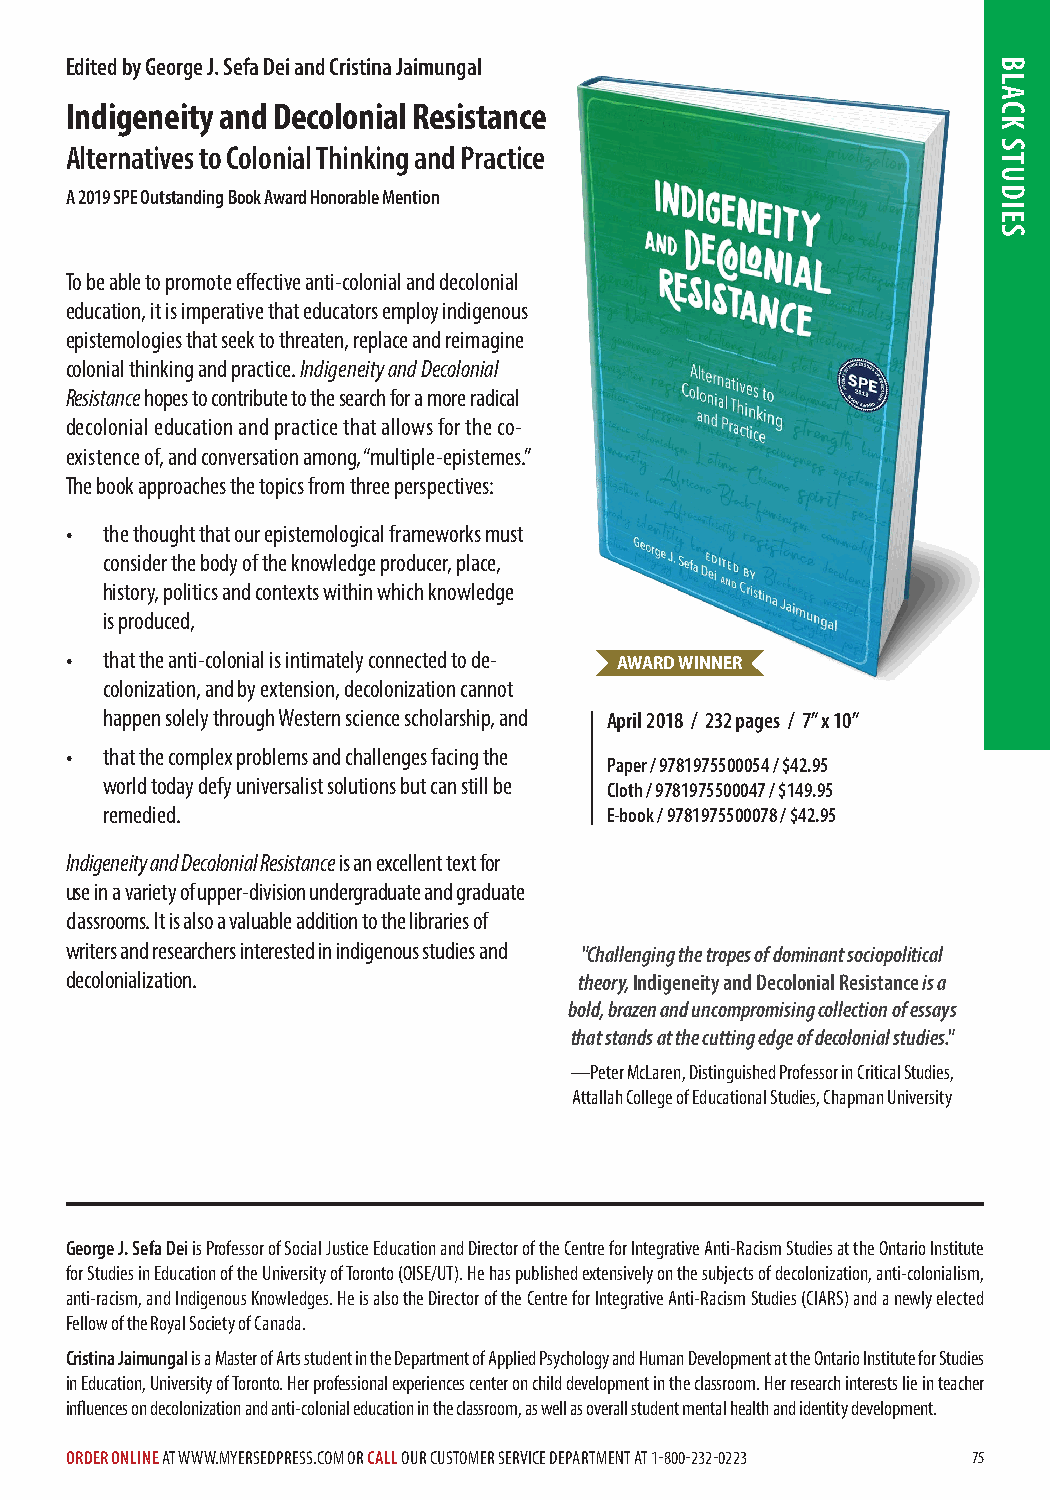
Edited by George J. Sefa Dei and Cristina Jaimungal
 Indigeneity and Decolonial Resistance
 Alternatives to Colonial Thinking and Practice
 A 2019 SPE Outstanding Book Award Honorable Mention
 To be able to promote effective anti-colonial and decolonial
 education, it is imperative that educators employ indigenous
 epistemologies that seek to threaten, replace and reimagine
 colonial thinking and practice. Indigeneity and Decolonial
 Resistance hopes to contribute to the search for a more radical
 decolonial education and practice that allows for the co-
 existence of, and conversation among, “multiple-epistemes.”
 The book approaches the topics from three perspectives:
 •  the thought that our epistemological frameworks must
 consider the body of the knowledge producer, place,
 history, politics and contexts within which knowledge
 is produced,
 •  that the anti-colonial is intimately connected to de- AWARD WINNER
 colonization, and by extension, decolonization cannot
 happen solely through Western science scholarship, and April 2018 / 232 pages / 7” x 10”
 •  that the complex problems and challenges facing the
 Paper / 9781975500054 / $42.95
 world today defy universalist solutions but can still be
 Cloth / 9781975500047 / $149.95
 remedied.                        E-book / 9781975500078 / $42.95
 Indigeneity and Decolonial Resistance is an excellent text for
 use in a variety of upper-division undergraduate and graduate
 classrooms. It is also a valuable addition to the libraries of
 writers and researchers interested in indigenous studies and "Challenging the tropes of dominant sociopolitical
 decolonialization.                theory, Indigeneity and Decolonial Resistance is a
 bold, brazen and uncompromising collection of essays
 that stands at the cutting edge of decolonial studies."
 —Peter McLaren, Distinguished Professor in Critical Studies,
 Attallah College of Educational Studies, Chapman University
 George J. Sefa Dei is Professor of Social Justice Education and Director of the Centre for Integrative Anti-Racism Studies at the Ontario Institute
 for Studies in Education of the University of Toronto (OISE/UT). He has published extensively on the subjects of decolonization, anti-colonialism,
 anti-racism, and Indigenous Knowledges. He is also the Director of the Centre for Integrative Anti-Racism Studies (CIARS) and a newly elected
 Fellow of the Royal Society of Canada.
 Cristina Jaimungal is a Master of Arts student in the Department of Applied Psychology and Human Development at the Ontario Institute for Studies
 in Education, University of Toronto. Her professional experiences center on child development in the classroom. Her research interests lie in teacher
 influences on decolonization and anti-colonial education in the classroom, as well as overall student mental health and identity development.
 ORDER ONLINE AT WWW.MYERSEDPRESS.COM OR CALL OUR CUSTOMER SERVICE DEPARTMENT AT 1-800-232-0223 75
 BLACK
 STUDIES